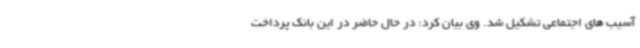
آسیب های اجتماعی تشکیل شد. وی بیان کرد: در حال حاضر در این بانک پرداخت